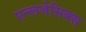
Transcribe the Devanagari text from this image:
एन्लजेसिक्स